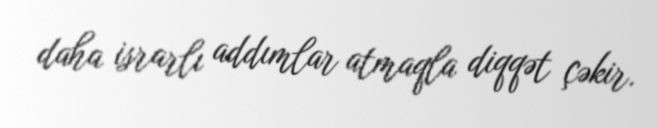
daha israrlı addımlar atmaqla diqqət çəkir.